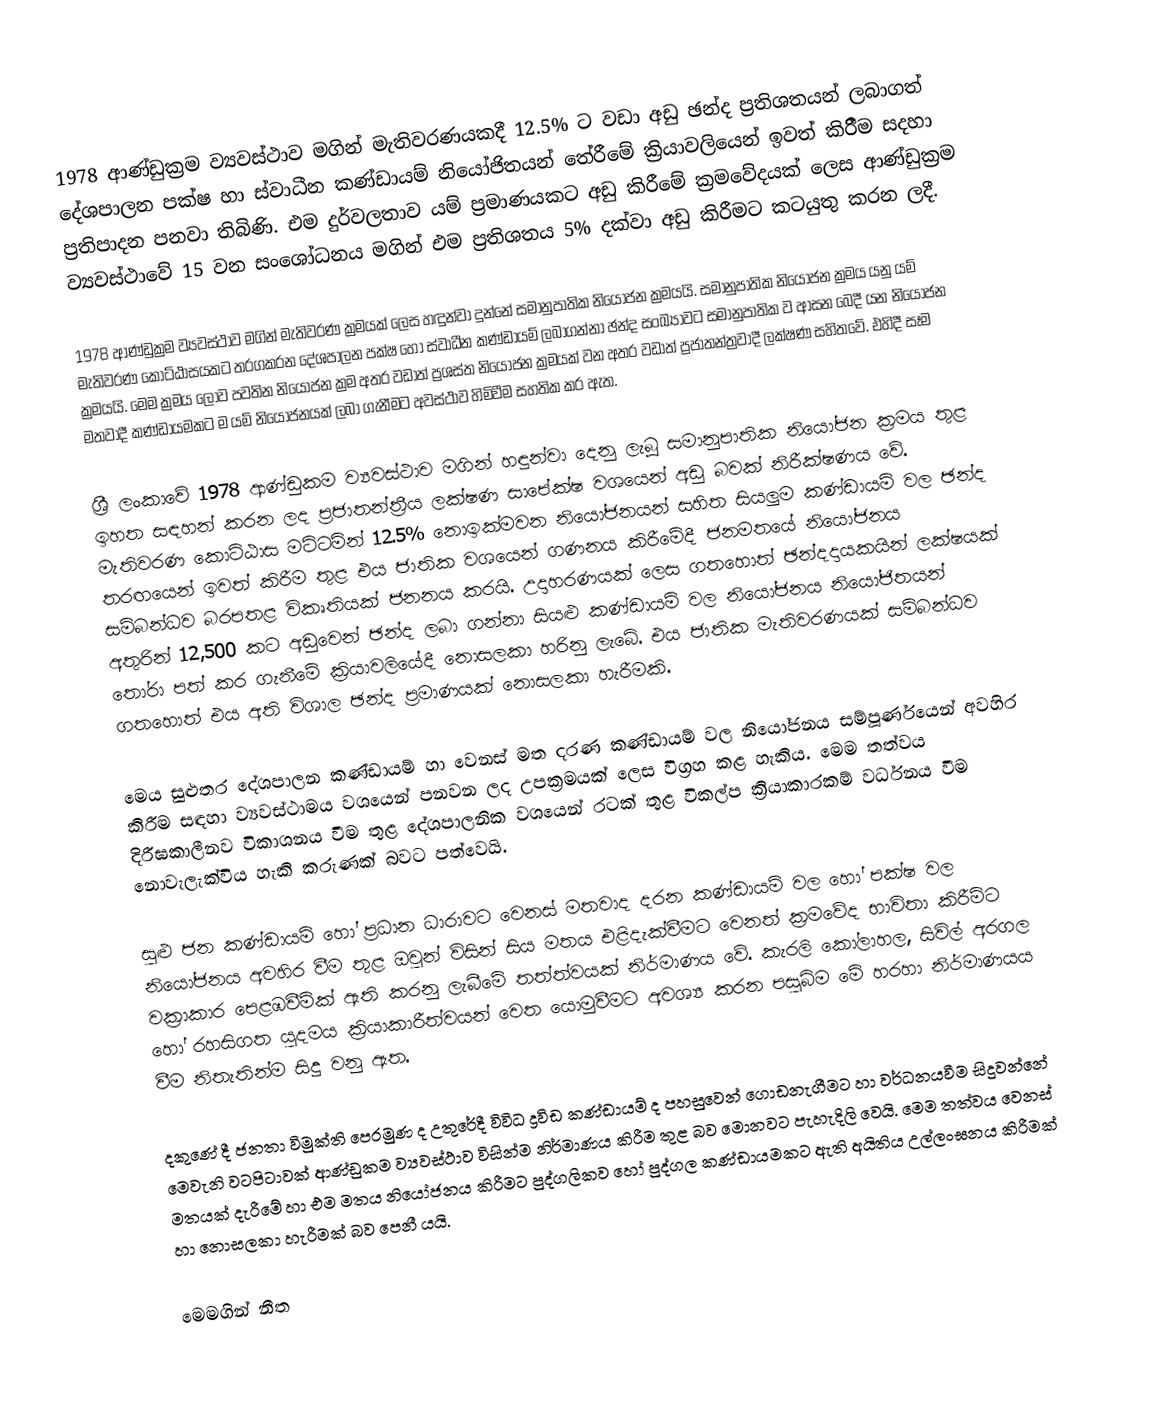
1978 ආණ්ඩුක්‍රම ව්‍යවස්ථාව මගින් මැතිවරණයකදී 12.5% ට වඩා අඩු ඡන්ද ප්‍ර‍තිශතයන් ලබාගත් දේශපාලන පක්ෂ හා ස්වාධීන කණ්ඩායම් නියෝජිතයන් තේරීමේ ක්‍රියාවලියෙන් ඉවත් කිරීීම සදහා ප්‍රතිපාදන පනවා තිබිණි. එම දුර්වලතාව යම් ප්‍ර‍‍මාණයකට අඩු කිරීමේ ක්‍රමවේදයක් ලෙස ආණ්ඩුක්‍රම ව්‍යවස්ථාවේ 15 වන සංශෝධනය මගින් එම ප්‍ර‍තිශතය 5% දක්වා අඩු කිරීමට කටයුතු කරන ලදී.

1978 ආණ්ඩුක්‍රම ව්‍යවස්ථාව මගින් මැතිවරණ ක්‍රමයක් ලෙස හඳුන්වා දුන්නේ සමානුපාතික නියෝජන ක්‍රමයයි. සමානුපාතික නියෝජන ක්‍රමය යනු යම් මැතිවරණ කොට්ඨාසයකට තරගකරන දේශපාලන පක්ෂ හෝ ස්වාධීන කණ්ඩායම් ලබාගන්නා ඡන්ද සංඛ්‍යාවට සමානුපාතික ව ආසන බෙදී යන නියෝජන ක්‍රමයයි. මෙම ක්‍ර‍මය ලොව පවතින නියෝජන ක්‍ර‍ම අතර වඩාත් ප්‍රශස්ත නියෝජන ක්‍රමයක් වන අතර වඩාත් ප්‍රජාතන්ත්‍රවාදී ලක්ෂණ සහිතවේ. එහිදී සෑම මතවාදී කණ්ඩායමකට ම යම් නියෝජනයක් ලබා ගැනීමට අවස්ථාව හිමිවීම සහතික කර ඇත.

ශ්‍රී ලංකාවේ 1978 ආණ්ඩුකම ව්‍යවස්ථාව මගින් හඳුන්වා දෙනු ලැබූ සමානුපාතික නියෝජන ක්‍රමය තුළ ඉහත සඳහන් කරන ලද ප්‍රජාතන්ත්‍රීය ලක්ෂණ සාපේක්ෂ වශයෙන් අඩු බවක් නිරීක්ෂණය වේ. මැතිවරණ කොට්ඨාස මට්ටමින් 12.5% නොඉක්මවන නියෝජනයන් සහිත සියලුම කණ්ඩායම් වල ඡන්ද තරඟයෙන් ඉවත් කිරීම තුළ එය ජාතික වශයෙන් ගණනය කිරීමේදී ජනමතයේ නියෝජනය සම්බන්ධව බරපතළ විකෘතියක් ජනනය කරයි. උදාහරණයක් ලෙස ගතහොත් ඡන්දදායකයින් ලක්ෂයක් අතුරින් 12,500 කට අඩුවෙන් ඡන්ද ලබා ගන්නා සියළු කණ්ඩායම් වල නියෝජනය නියෝජිතයන් තෝරා පත් කර ගැනීමේ ක්‍රියාවලියේදී නොසලකා හරිනු ලැබේ. එය ජාතික මැතිවරණයක් සම්බන්ධව ගතහොත් එය අති විශාල ඡන්ද ප්‍ර‍මාණයක් නොසලකා හැරීමකි.

මෙය සුළුතර දේශපාලන කණ්ඩායම් හා වෙනස් මත දරණ කණ්ඩායම් වල නියෝජනය සම්පූර්ණයෙන් අවහිර කිරීම සඳහා ව්‍යවස්ථාමය වශයෙන් පනවන ලද උපක්‍රමයක් ලෙස  විග්‍රහ කළ හැකිය. මෙම තත්වය දිරීඝකාලීනව විකාශනය වීම තුළ දේශපාලනික වශයෙන් රටක් තුළ විකල්ප ක්‍රියාකාරකම් වර්ධනය වීම නොවැලැක්විය හැකි කරුණක් බවට පත්වෙයි.

සුළු ජන කණ්ඩායම් හෝ ප්‍රධාන ධාරාවට වෙනස් මතවාද දරන කණ්ඩායම් වල හෝ පක්ෂ වල නියෝජනය අවහිර වීම තුළ ඔවුන් විසින් සිය මතය එළිදැක්වීමට වෙනත් ක්‍රමවේද භාවිතා කිරීම්ට වක්‍රාකාර පෙළඹවීම්ක් ඇති කරනු ලැබීමේ තත්ත්වයක් නිර්මාණය වේ. කැරලි කෝලාහල, සිවිල් අරගල හෝ රහසිගත යුදමය ක්‍රියාකාරීත්වයන් වෙත යොමුවීමට අවශ්‍ය කරන පසුබිම මේ හරහා නිර්මාණයය වීම නිතැතින්ම සිදු වනු ඇත.

දකුණේ දී ජනතා විමුක්ති පෙරමුණ ද උතුරේදී විවිධ ද්‍රවිඩ කණ්ඩායම් ද පහසුවෙන් ගොඩනැගීමට හා වර්ධනයවීම සිදුවන්නේ මෙවැනි වටපිටාවක් ආණ්ඩුකම ව්‍යවස්ථාව විසින්ම නිර්මාණය කිරීම තුළ බව මොනවට පැහැදිලි වෙයි. මෙම තත්වය වෙනස් මතයක් දැරීමේ හා එම මතය නියෝජනය කිරීමට පුද්ගලිකව හෝ පුද්ගල කණ්ඩායමකට ඇති අයිතිය උල්ලංඝනය කිරීමක් හා නොසලකා හැරීමක් බව පෙනී යයි.

මෙමගින් නීත